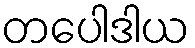
တပေါဒါယ